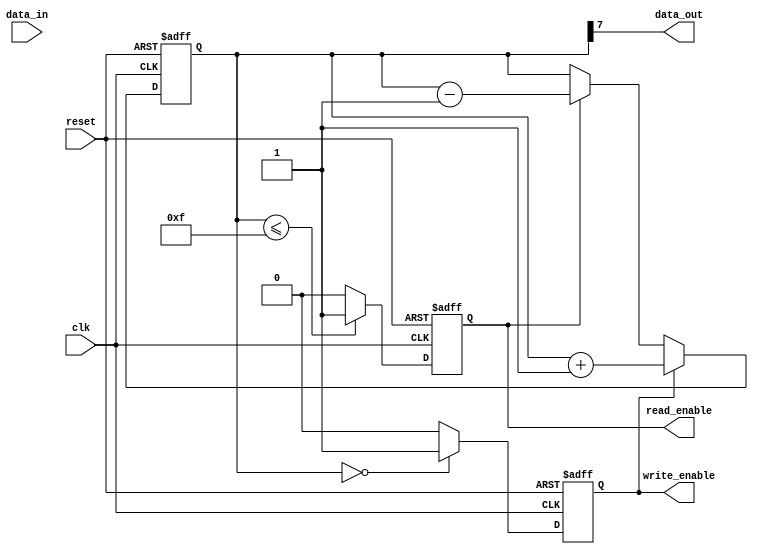
module almost_empty_fifo(
  input wire clk,
  input wire reset,
  input wire data_in,
  output reg data_out,
  output reg read_enable,
  output reg write_enable
);

reg [7:0] buffer;

always @(posedge clk or posedge reset) begin
  if (reset) begin
    buffer <= 0;
    read_enable <= 0;
    write_enable <= 0;
  end else begin
    if (buffer <= 4'b1111) begin
      read_enable <= 1;
    end else begin
      read_enable <= 0;
    end
    
    if (buffer == 0) begin
      write_enable <= 1;
    end else begin
      write_enable <= 0;
    end
    
    if (write_enable) begin
      buffer <= buffer + 1;
    end else if (read_enable) begin
      buffer <= buffer - 1;
    end
  end
end

assign data_out = buffer[7];

endmodule